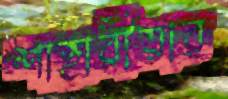
শাহারীয়ার